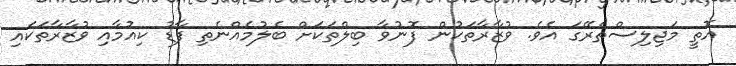
އޮތީ މަޖިލިސްތެރޭގަ އެވެ. ވުޒާރާތަކުން ފޮނުވާ ބިލްތަކަށް ބެލުމެއްނެތި ފާޑު ކިއުމާއި ވުޒާރާތަކައި